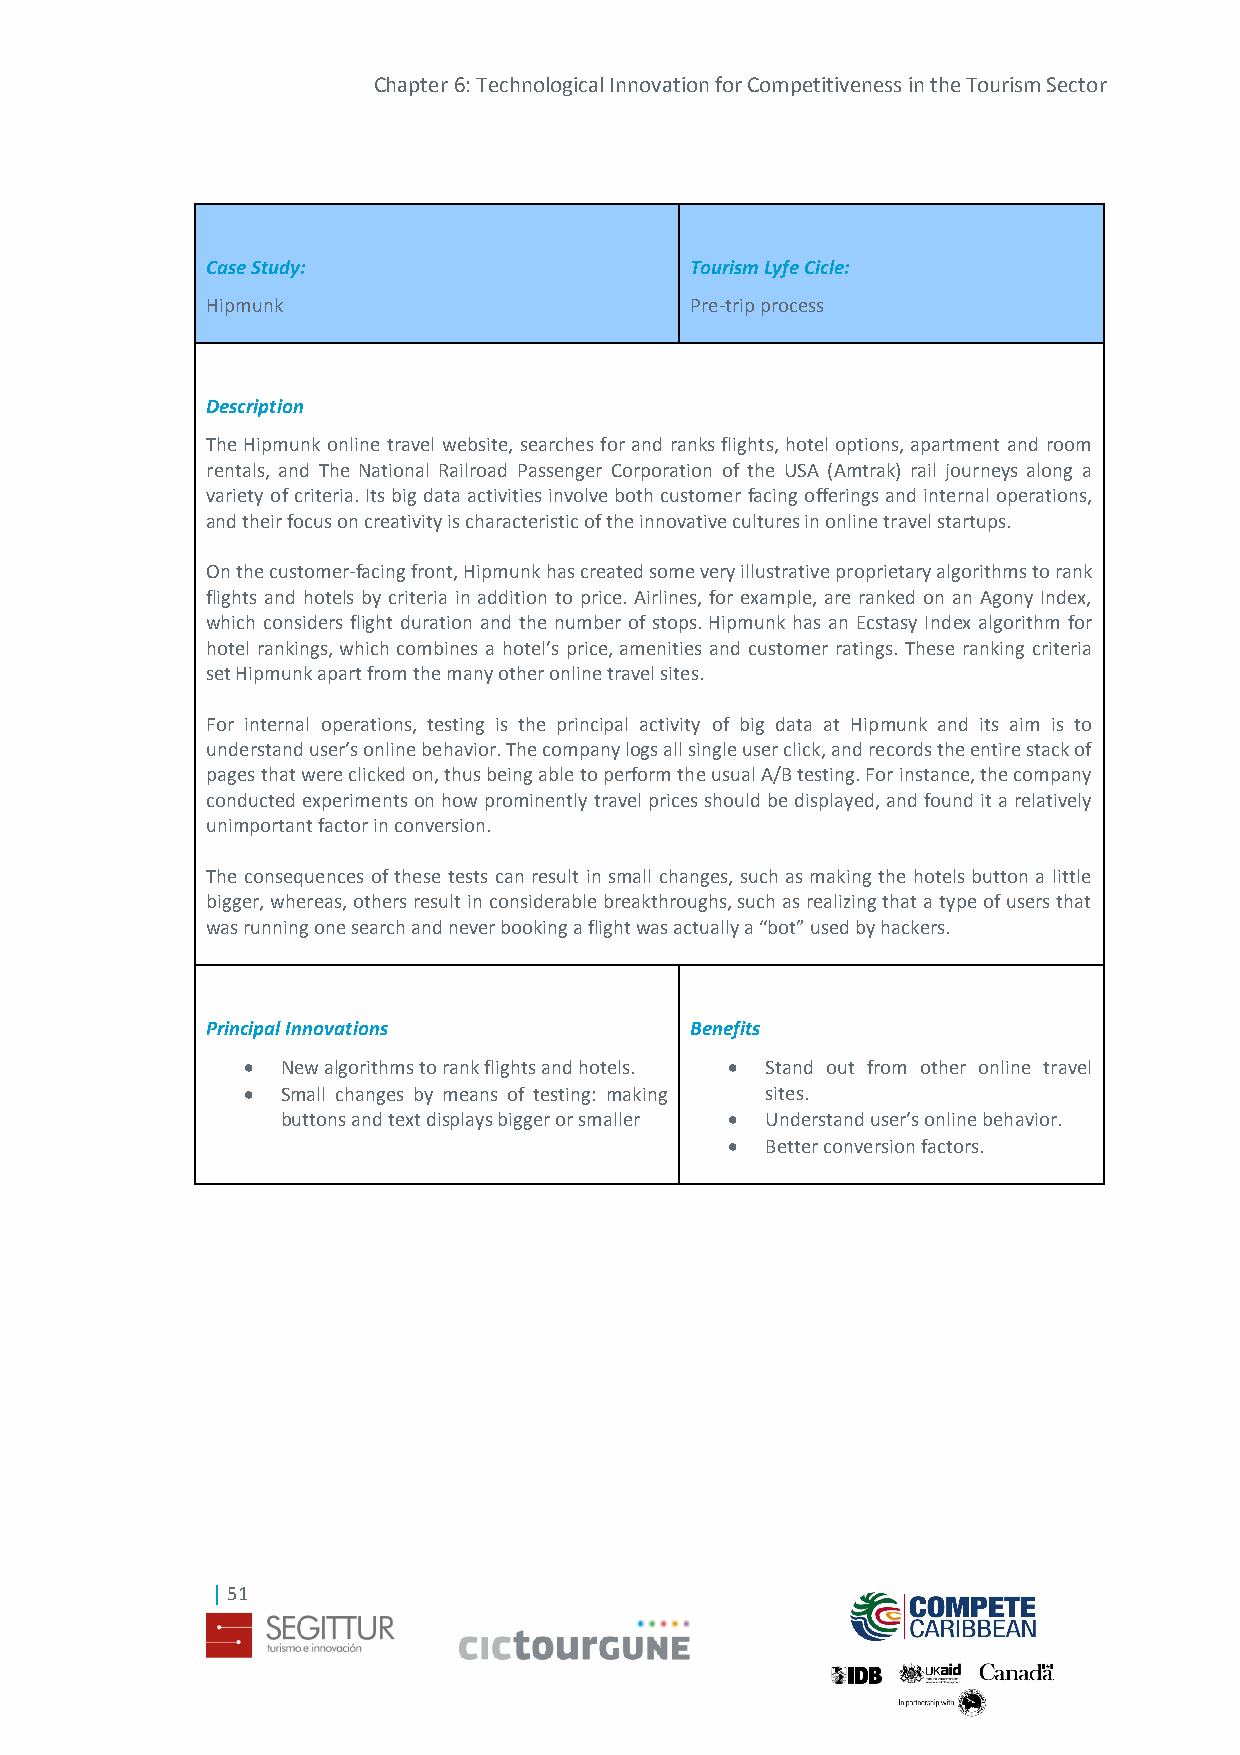
Chapter 6: Technological Innovation for Competitiveness in the Tourism Sector
 Case Study:                     Tourism Lyfe Cicle:
 Hipmunk                         Pre-trip process
 Description
 The Hipmunk online travel website, searches for and ranks flights, hotel options, apartment and room
 rentals, and The National Railroad Passenger Corporation of the USA (Amtrak) rail journeys along a
 variety of criteria. Its big data activities involve both customer facing offerings and internal operations,
 and their focus on creativity is characteristic of the innovative cultures in online travel startups.
 On the customer-facing front, Hipmunk has created some very illustrative proprietary algorithms to rank
 flights and hotels by criteria in addition to price. Airlines, for example, are ranked on an Agony Index,
 which considers flight duration and the number of stops. Hipmunk has an Ecstasy Index algorithm for
 hotel rankings, which combines a hotel’s price, amenities and customer ratings. These ranking criteria
 set Hipmunk apart from the many other online travel sites.
 For internal operations, testing is the principal activity of big data at Hipmunk and its aim is to
 understand user’s online behavior. The company logs all single user click, and records the entire stack of
 pages that were clicked on, thus being able to perform the usual A/B testing. For instance, the company
 conducted experiments on how prominently travel prices should be displayed, and found it a relatively
 unimportant factor in conversion.
 The consequences of these tests can result in small changes, such as making the hotels button a little
 bigger, whereas, others result in considerable breakthroughs, such as realizing that a type of users that
 was running one search and never booking a flight was actually a “bot” used by hackers.
 Principal Innovations           Benefits
   New algorithms to rank flights and hotels.  Stand out from other online travel
   Small changes by means of testing: making sites.
 buttons and text displays bigger or smaller  Understand user’s online behavior.
   Better conversion factors.
 | 51